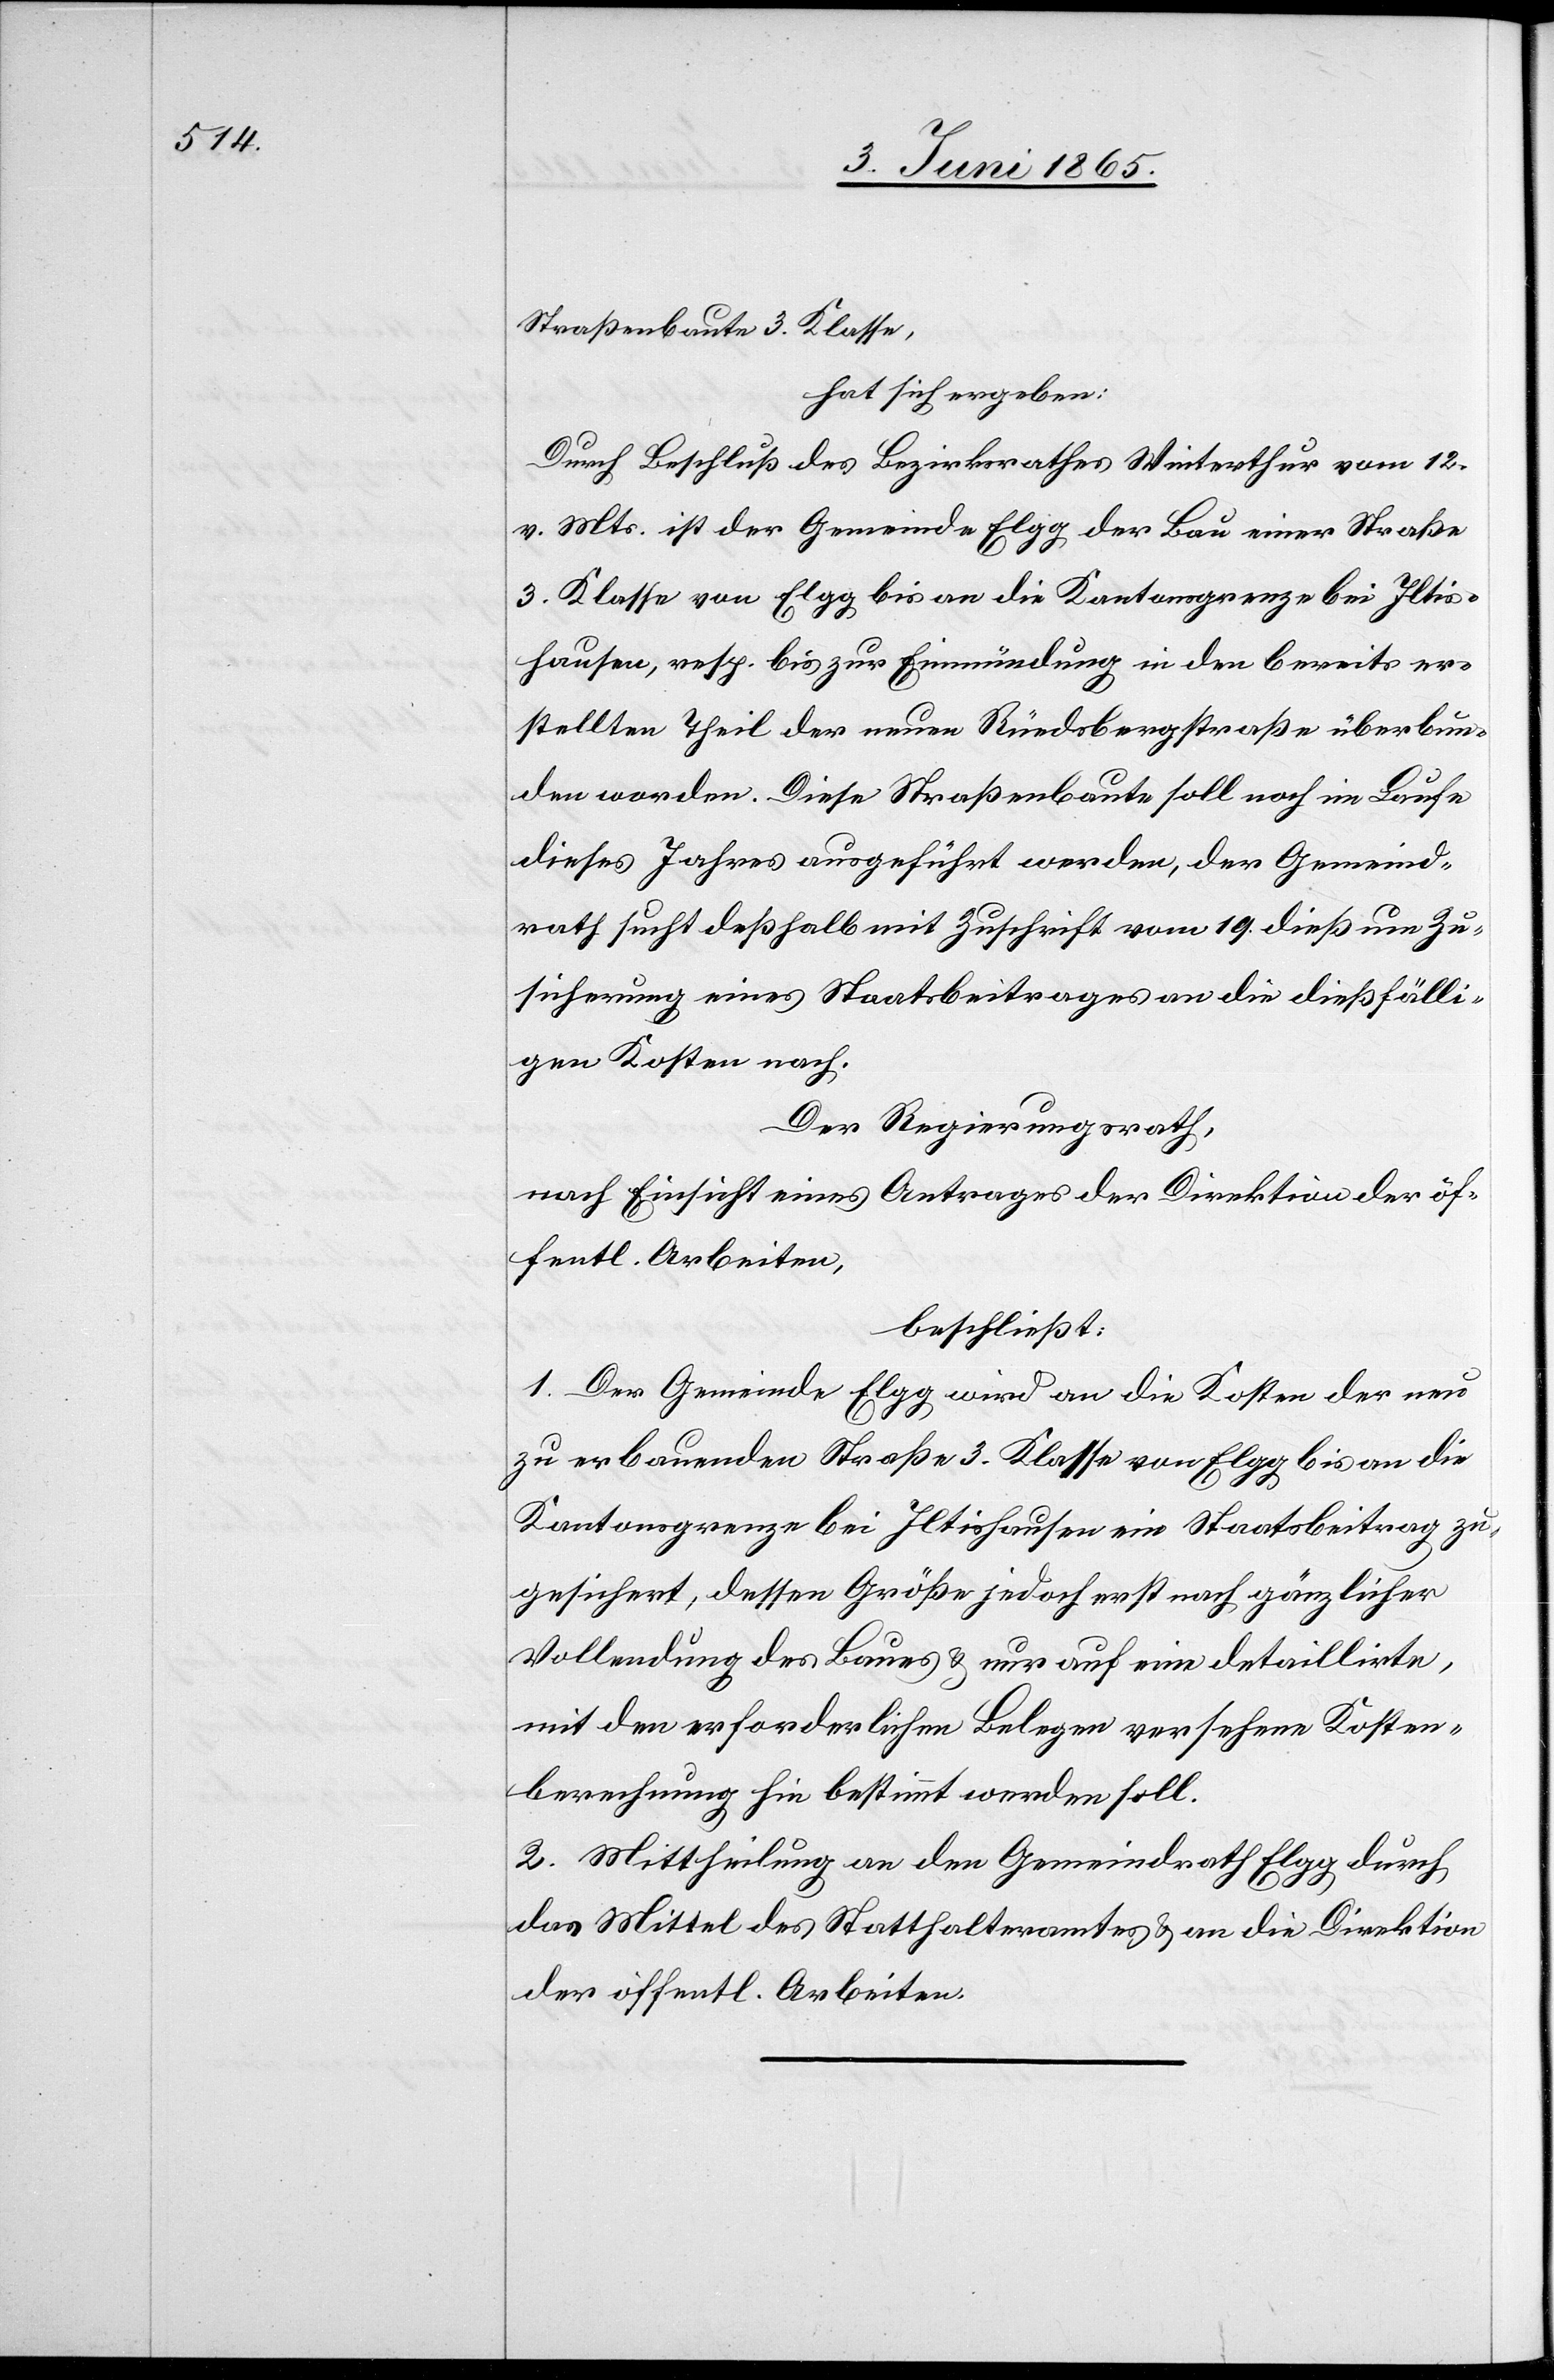
Straßenbaute 3. Klasse,
hat sich ergeben:
Durch Beschluß des Bezirksrathes Winterthur vom 12.
v. Mts. ist der Gemeinde Elgg der Bau einer Straße
3. Klasse von Elgg bis an die Kantonsgrenze bei Iltis¬
hausen, resp. bis zur Einmündung in den bereits er¬
stellten Theil der neuen Rüedsbergstraße überbun¬
den worden. Diese Straßenbaute soll noch im Laufe
dieses Jahres ausgeführt werden, der Gemeind¬
rath sucht deßhalb mit Zuschrift vom 19. dieß um Zu¬
sicherung eines Staatsbeitrages an die dießfälli¬
gen Kosten nach.
Der Regierungsrath,
nach Einsicht eines Antrages der Direktion der öf¬
fentl. Arbeiten,
beschließt:
1. Der Gemeinde Elgg wird an die Kosten der neu
zu erbauenden Straße 3. Klasse von Elgg bis an die
Kantonsgrenze bei Iltishausen ein Staatsbeitrag zu¬
gesichert, dessen Größe jedoch erst nach gänzlicher
Vollendung des Baues & nur auf eine detaillirte,
mit den erforderlichen Belegen versehene Kosten¬
berechnung hin bestimmt werden soll.
2. Mittheilung an den Gemeindrath Elgg durch
das Mittel des Statthalteramtes & an die Direktion
der öffentl. Arbeiten.